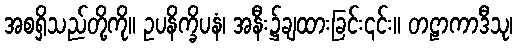
အစရှိသည်တို့ကို။ ဥပနိက္ခိပနံ၊ အနီး၌ချထားခြင်း၎င်း။ တဠာကာဒီသု၊